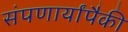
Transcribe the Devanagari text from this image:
संपणार्यांपैकी